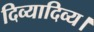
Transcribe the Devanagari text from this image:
दिव्यादिव्य।